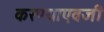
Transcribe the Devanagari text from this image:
करण्याएवजी